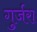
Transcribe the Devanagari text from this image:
गुर्जरा